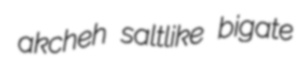
akcheh saltlike bigate